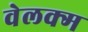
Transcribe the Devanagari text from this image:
वेलक्म